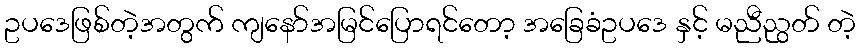
ဥပဒေဖြစ်တဲ့အတွက် ကျနော်အမြင်ပြောရင်တော့ အခြေခံဥပဒေ နှင့် မညီညွတ် တဲ့